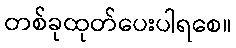
တစ်ခုထုတ်ပေးပါရစေ။